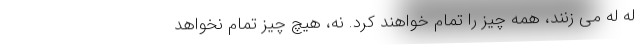
له له می زنند، همه چیز را تمام خواهند کرد. نه، هیچ چیز تمام نخواهد